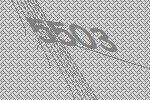
5503